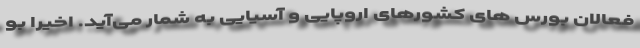
فعالان بورس های کشورهای اروپایی و آسیایی به شمار می‌آید. اخیرا بو